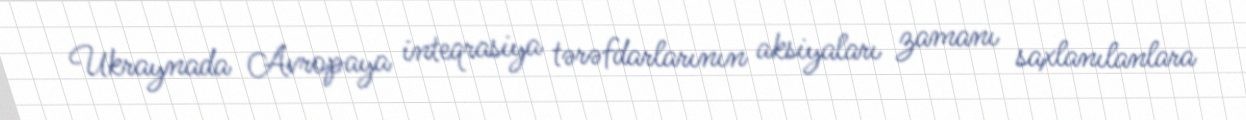
Ukraynada Avropaya inteqrasiya tərəfdarlarının aksiyaları zamanı saxlanılanlara